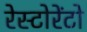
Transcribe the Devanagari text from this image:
रेस्‍टोरेंटो